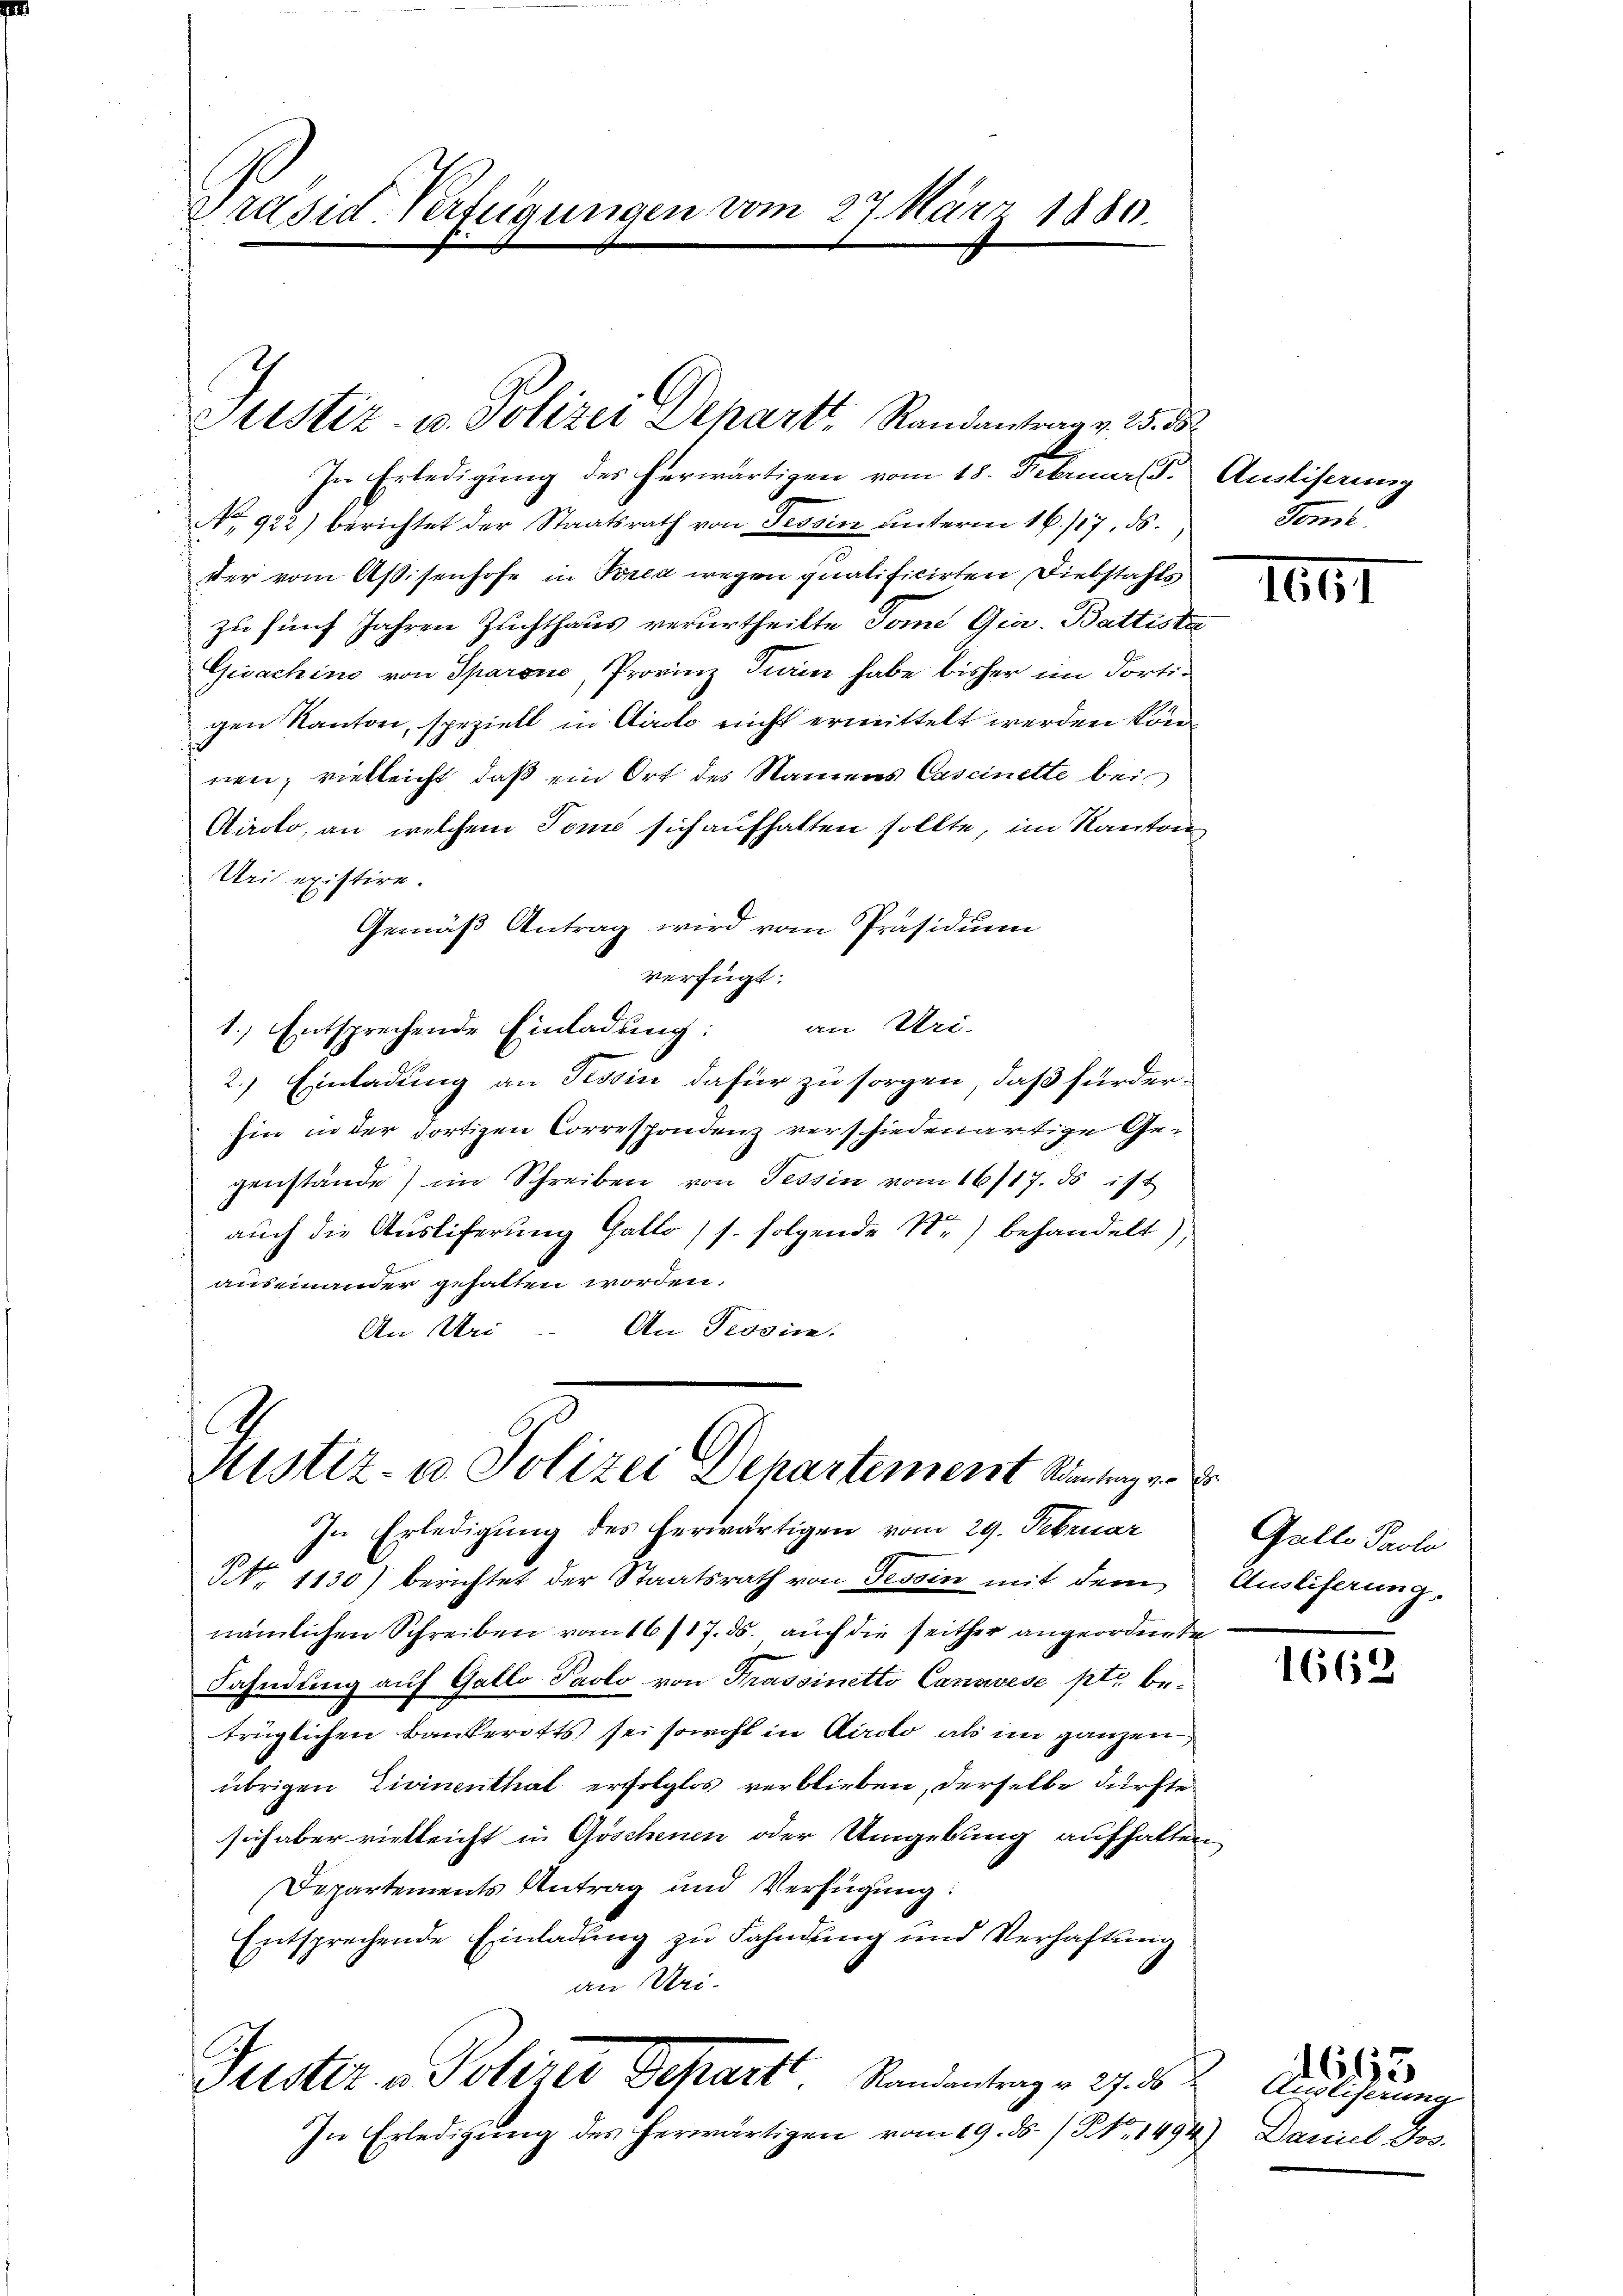
Präsid Verfügungen vom 27. März 1880.

Justiz- u. Polizei Depart Randantrag v. 25. ds

Nustiz- u. Polizei Departement Schlag er
In Erledigung des herwärtigen vom 29. Februar

No. 1130) berichtet der Staatsrath von Tessin mit dem Ausliferung,
nämlichen Schreiben vom 16/17. ds. auch die seither angeordnete
Fahndung auf Gallo Paolo von Prassinetto Canavese ptr. betrüglichen Bankerotts sei sowohl in Kircto, als im ganzen
übrigen Livinenthat erfolglos verblieben, derselbe dürfte
sich aber vielleicht in Göschenen oder Umgebung aufhalten
Departements Antrag und Verfügung:
Entsprechende Einladung zu Fahndung und Verhaftung
an Uri.
Puster u. Polizei Gesart, Randantrag v. 27. 8.
In Erledigung des herwärtigen vom 19. ds. (N. 1494) Daniel Jos.

In Erledigung des herwärtigen vom 18. Februar (3. Ausliserung
No 922) berichtet der Staatsrath von Tessin unterm 16./17. ds.
ster vom Assenhofe in Perea wegen qualificirten Diebstahls
zu fünf Jahren Zuchthaus verurtheilte Tomi Gia. Battiste
Gisachino von Sparović, Provinz Train habe bisher im dortigen Kanton, speziell in Airolo nicht ermittelt werden können; vielleicht, daß ein Ort des Namens Caseinette bei
Airolo, an welchem Tomo sich aufhalten sollte, im Kanton
Uri existire.
Gemäß Antrag wird vom Präsidium
verfügt:
1.) Entsprechende Einladung: an Uri-
2.) Einladung an Tessin dafür zu sorgen, daß fürderhin in der dortigen Correspondenz verschiedenartige Ge-
genstände) im Schreiben von Tessin vom 16/17. ds ist
auch die Ausliferung Gallo / s. folgende Nr.) behandelt),
auseinander gehalten worden.
An Tessin.
An Uri

Jone.

1651

Galle Paolo

1662

Ausliserung

1663